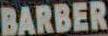
BARBER